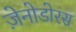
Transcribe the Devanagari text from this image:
ज़ेनोडोरस